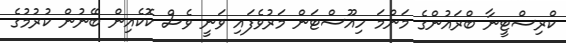
ކްރިސްޓީނާ ބްރައުންގެ މަންމަ ހިއޫސްޓަން މަރުވެފައި ވަނީ ވެސް ކޮކެއިން ބޭނުން ކުރުމުގެ